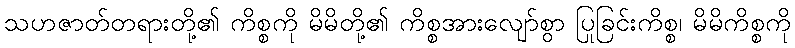
သဟဇာတ်တရားတို့၏ ကိစ္စကို မိမိတို့၏ ကိစ္စအားလျော်စွာ ပြုခြင်းကိစ္စ၊ မိမိကိစ္စကို